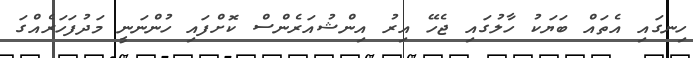
ހިނގައި އެތައް ބަޔަކު ހާލުގައި ޖެހޭ އިރު އިންޝުއަރެންސް ކޮށްފައި ހުންނަނީ މަދުފަހަރެއްގަ